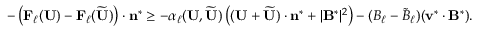
\begin{array} { r } { - \left( \mathbf { F } _ { \ell } ( \mathbf { U } ) - \mathbf { F } _ { \ell } ( \widetilde { \mathbf { U } } ) \right) \cdot \mathbf { n } ^ { * } \ge - \alpha _ { \ell } ( \mathbf { U } , \widetilde { \mathbf { U } } ) \left( ( \mathbf { U } + \widetilde { \mathbf { U } } ) \cdot \mathbf { n } ^ { * } + | \mathbf { B } ^ { * } | ^ { 2 } \right) - ( B _ { \ell } - \tilde { B } _ { \ell } ) ( \mathbf { v } ^ { * } \cdot \mathbf { B } ^ { * } ) . } \end{array}